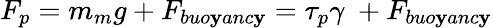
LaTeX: F_{p}=m_{m}g+F_{buo\mathbf{y}anc\mathbf{y}}=\tau_{p}\gamma\ +F_{buo\mathbf{y}anc\mathbf{y}}